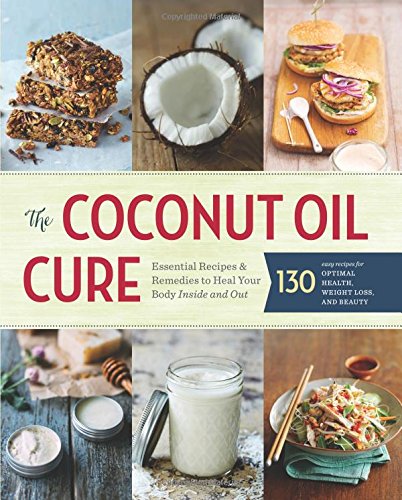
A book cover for The Coconut Oil Cure: Essential Recipes and Remedies to Heal Your Body Inside and Out; Sonoma Press; Cookbooks, Food & Wine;